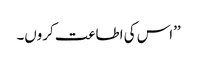
’’اس کی اطاعت کروں۔